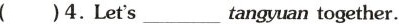
()4.Let's___tangyuan together.